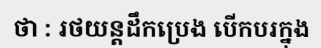
ថា : រថយន្តដឹកប្រេង បើកបរក្នុង